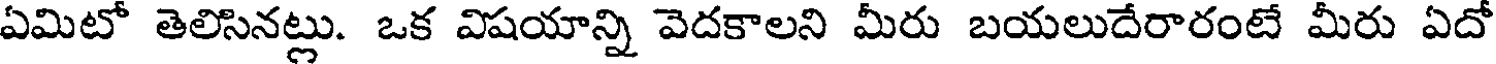
ఏమిటో తెలిసినట్లు. ఒక విషయాన్ని వెదకాలని మీరు బయలుదేరారంటే మీరు ఏదో